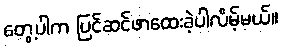
တွေ့ပါက ပြင်ဆင်ဖာထေးခဲ့ပါလိမ့်မယ်။